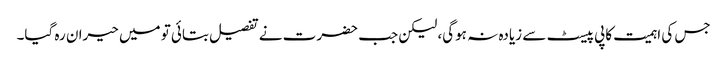
جس کی اہمیت کاپی پیسٹ سے زیادہ نہ ہوگی، لیکن جب حضرت نے تفصیل بتائی تو میں حیران رہ گیا۔